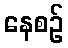
နေစဉ်